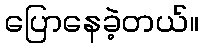
ပြောနေခဲ့တယ်။